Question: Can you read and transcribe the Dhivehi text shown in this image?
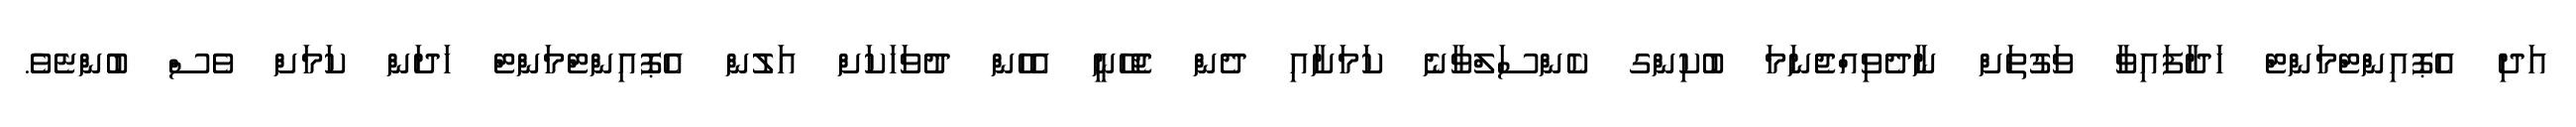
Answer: އަދި އެޕޮއިންޓްމަންޓް ހަދާފައިވާ ވަގުތަށް ނާދެވިއްޖެނަމަ ބުކިންގ ކެންސަލްވާނެ ކަމަށާއި ދެން ޖެހޭނީ އެހެން ދުވަހަކަށް އަލުން އެޕޮއިންޓްމަންޓް ހަދަން ކަމަށް ވެސް ބުންޏެވެެ.